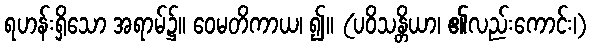
ရဟန်းရှိသော အရာမ်၌။ ဝေမတိကာယ၊ ၍။ (ပဝိသန္တိယာ၊ ၏လည်းကောင်း၊)